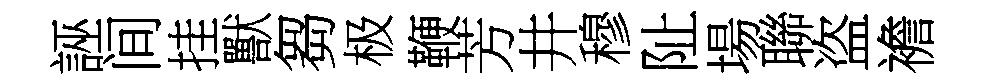
誣间挂獸芻极鞭芳井穆阯場聯盗襜